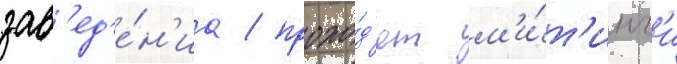
зав'ед'е́н'иа / прохо́д'ят м'и́т'инг'и